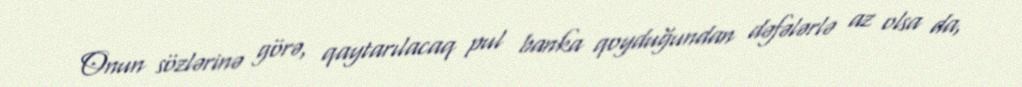
Onun sözlərinə görə, qaytarılacaq pul banka qoyduğundan dəfələrlə az olsa da,